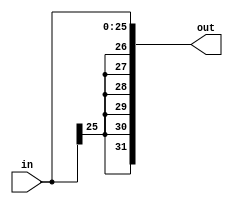
module sign_extend(input[25:0]in,output[31:0]out);
assign out={{6{in[25]}},in};
endmodule